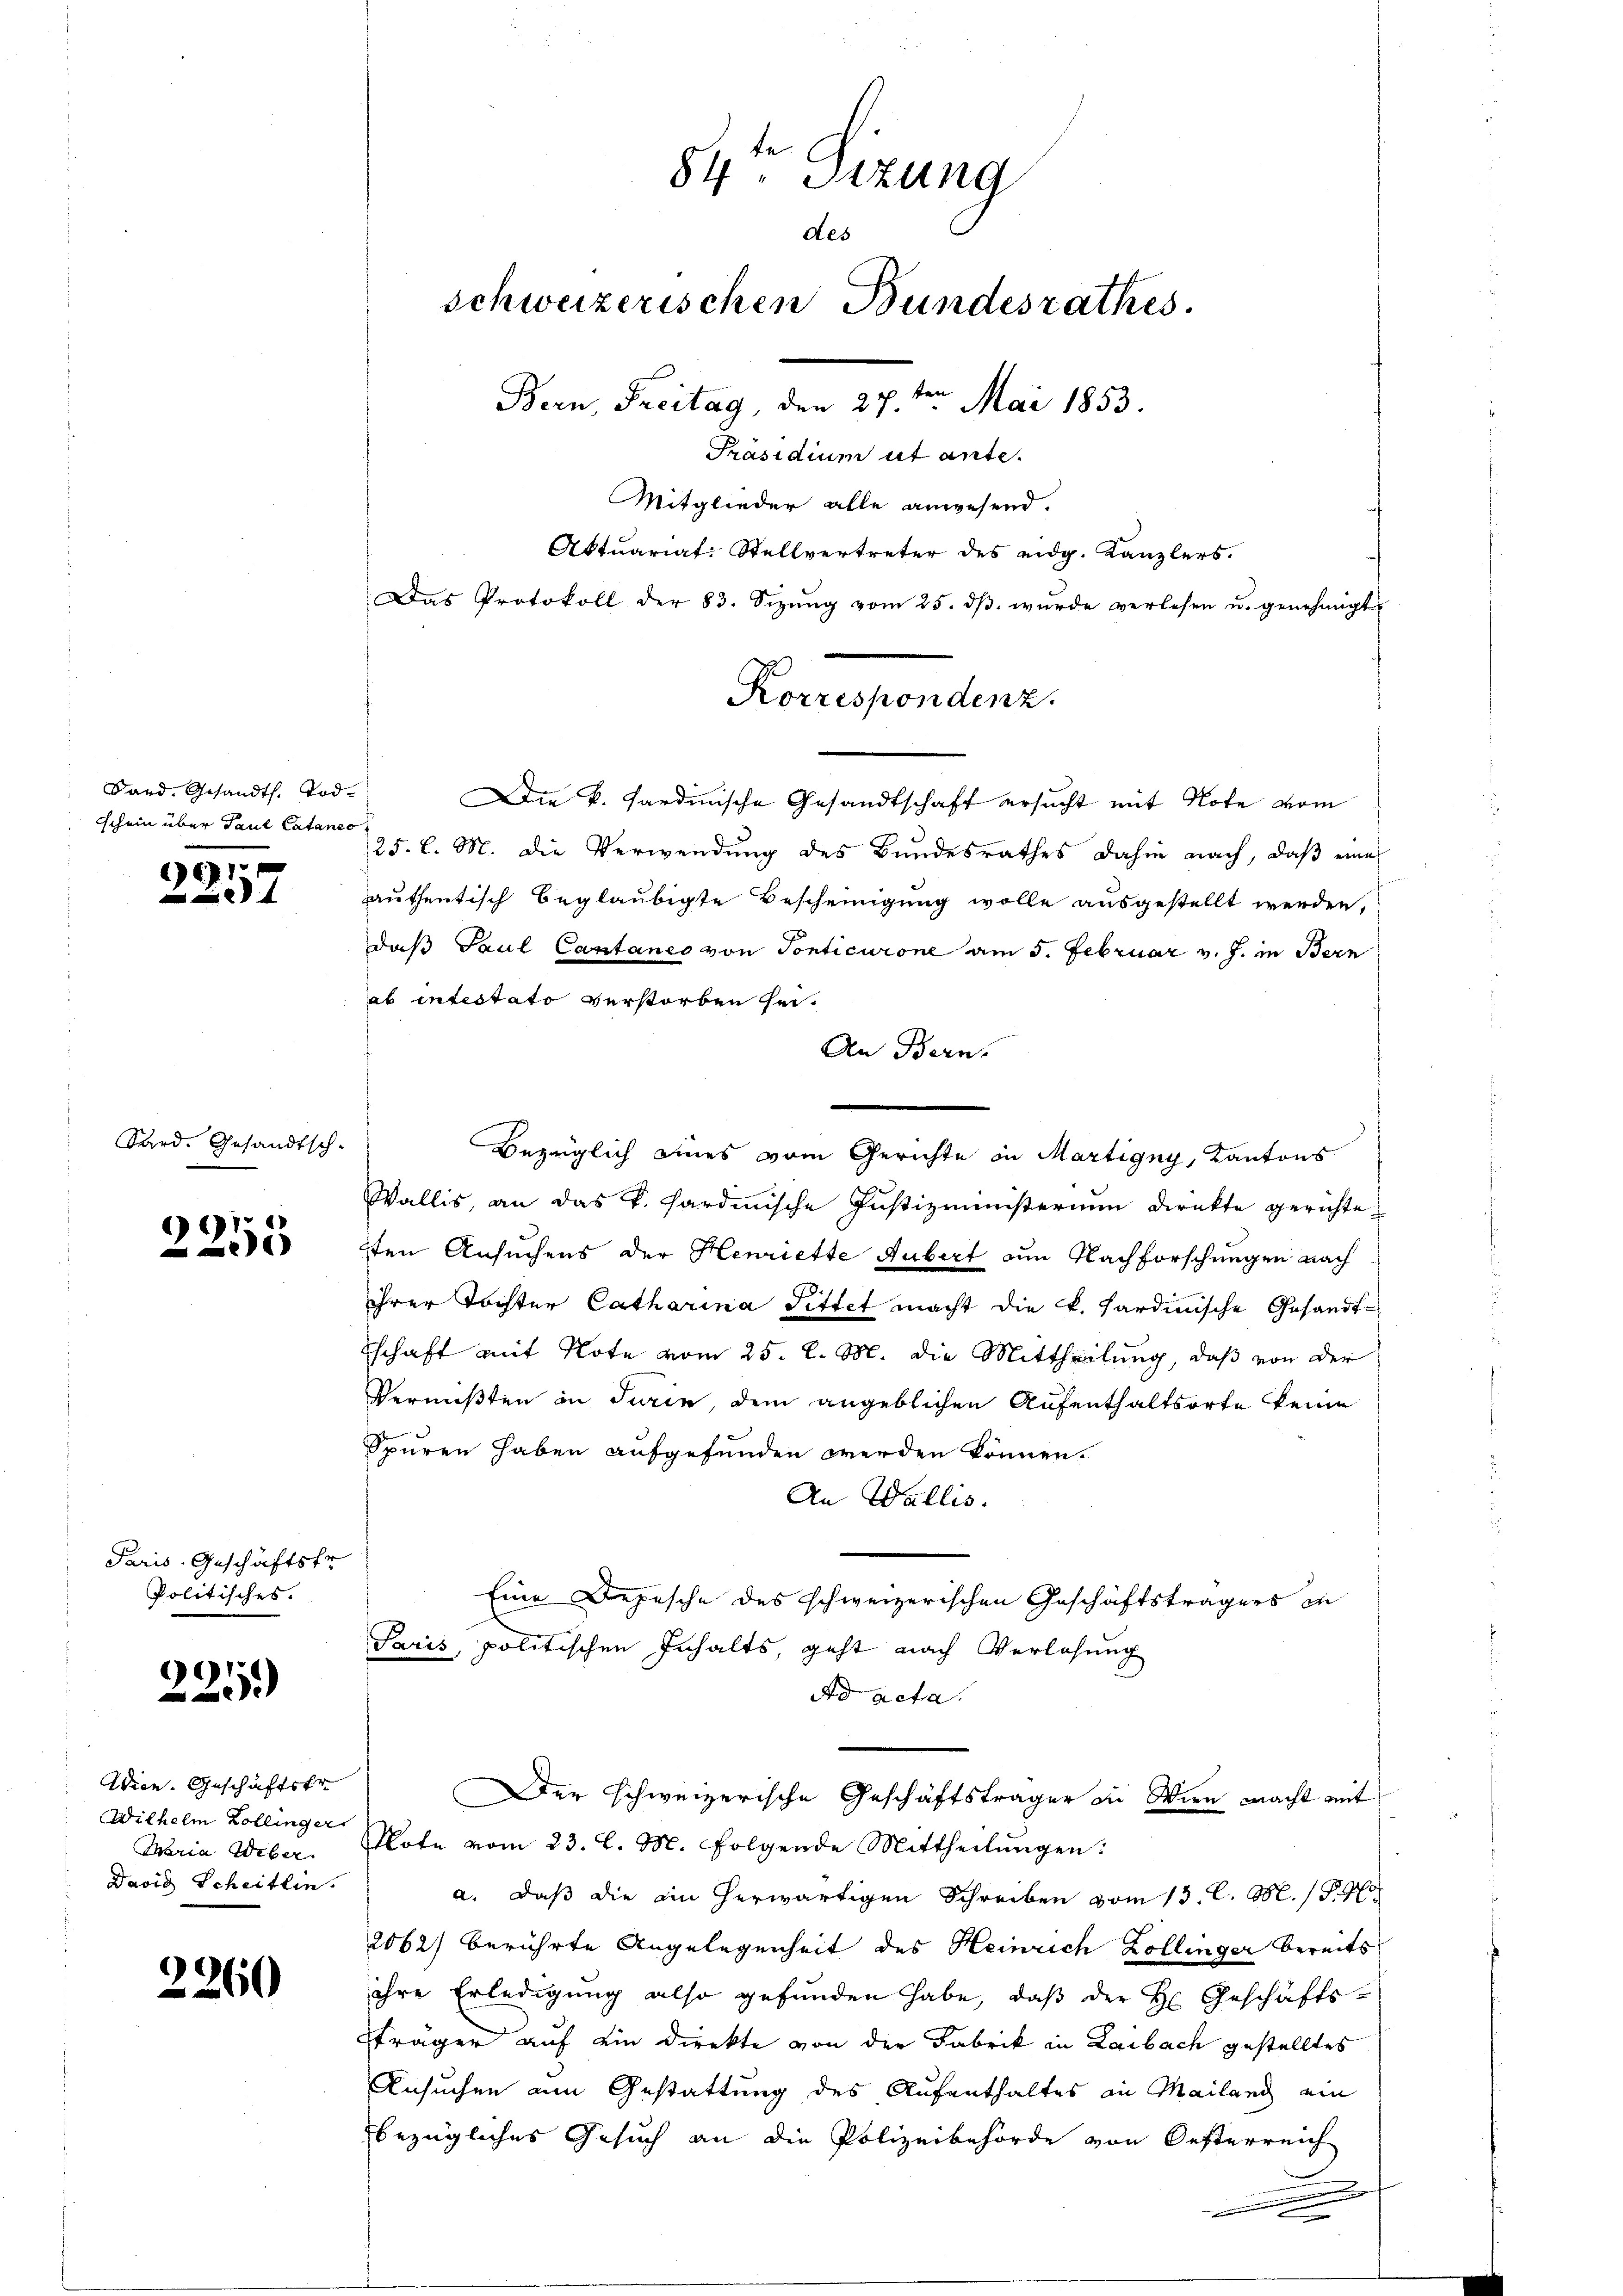
Sard, Gesandts. Tod.
schein über Paul Cataneo

1

Sard. Gesandtsch-

9
1

Paris Geschäftsfr
Politisches.

c
.

Wien. Geschäftstr
Wilhelm Zollinger
Maria Weber
David Scheitlin

2260

84. Sizung
des
schweizerischen Bundesrathes.
Bern Freitag, den 27ten Mai 1853.
Präsidium ut ante.
Mitglieder alle anwesend.
Aktuariat-Stellvertreter des eidg. Kanzlers.

Die k. Sardinische Gesandtschaft ersucht mit Note vom
125. l. M. die Verwendŭng des Bŭndesrathes dahin nach, daβ eine
authentisch beglaubigte Bescheinigung wolle ausgestellt werden,
daß Paul Cantanes von Sonticurone am 5. Februar v. J. in Bern
das intestato verstorben sei.
An Bern.
Bezüglich eines vom Gerichte in Martigny, Kantons
Wallis, an das k. Sardinische Justizministerium direkte gerichtezten Ansuchens der Henriette Hubert am Nachforschungen nach
ihrer Tochter Catharina Pittet macht die k. Sardinische Gesandtschaft mit Note vom 25. l. M. die Mittheilung, daß von der
Vermißten in Turin dem angeblichen Aufenthaltsorte keine
.
Spuren haben aufgefunden werden können.
An Wallis.
Eine Depesche des schweizerischen Geschäftsträgers in
Paris, politischen Inhalts geht nach Verlesung
dd acta
Der schweizerische Geschäftsträger in Wien macht mit
Note vom 23. l. M. folgende Mittheilŭngen:
a. daß die ein herwärtigen Schreiben vom 13. l. M. 18. 4
2062) berührte Angelegenheit des Heinrich Zollinger bereits
ihre Erledigung also gefunden habe, daβ der H. Geschäfts-
sträger auf ein Direkte von der Fabrik in Laibach gestelltes
Ansuchen am Gestattung des Aufenthaltes in Mailand ein
bezügliches Gesuch an die Polizeibehörde von Oesterreich
.

.

Das Protokoll der 83. Sizŭng vom 25. dβ wurde verlesen u. genehmigt
Korrespondenz.